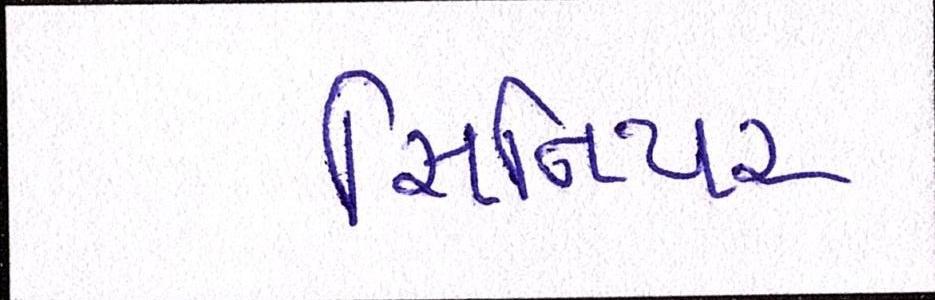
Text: સિનિયર